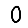
Digit: 0